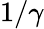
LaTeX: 1/\gamma